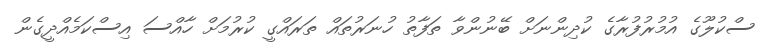
ސްކުލޫގެ އުމުރުފުރާގެ ކުދިންނަށް ބޭނުންވާ ތަފާތު ހުނަރުތައް ތަރައްގީ ކުރުމަށް ހާއްސަ އިސްކަމެއްދީގެން